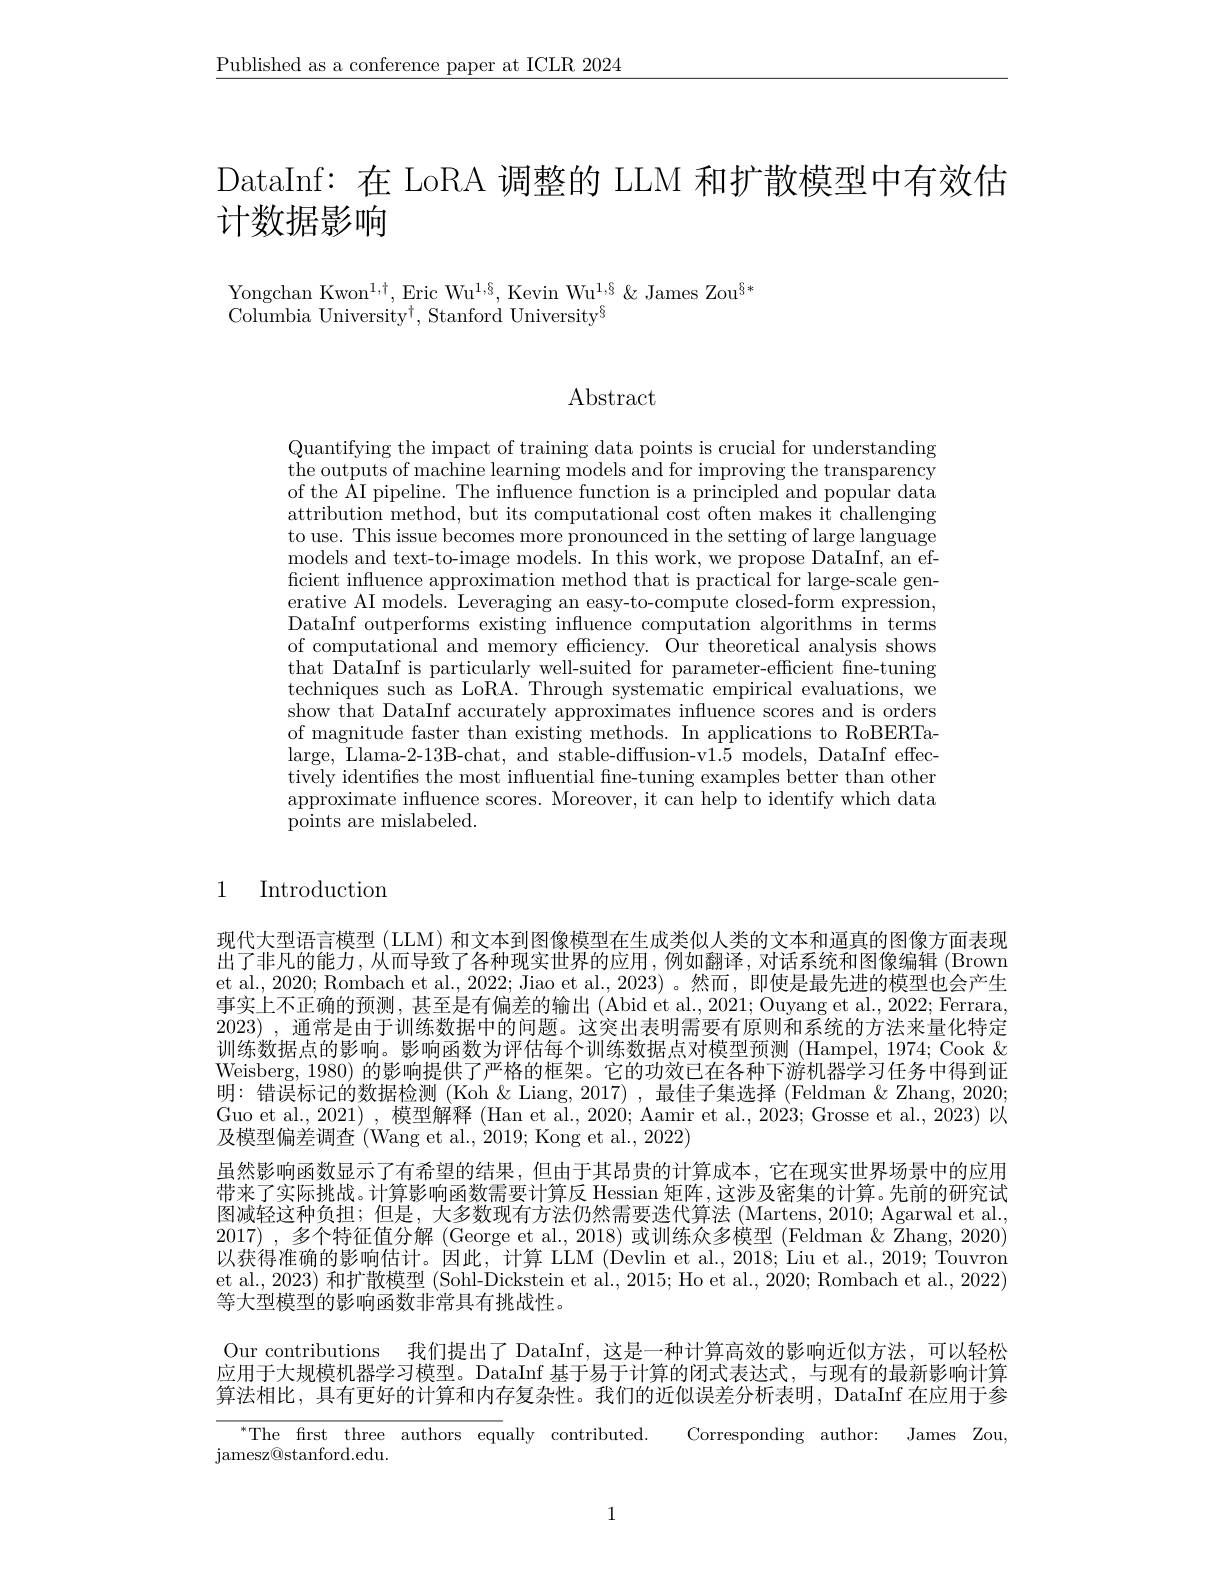
$\underline{\text{Published as a conference paper at ICLR 2024}}$

DataInf: 在 LoRA 调整的 LLM 和扩散模型中有效估
# 计数据影响

Yongchan Kwon$^1,\dagger$,Eric Wu$^{1,\S}$,Kevin Wu$^1,\S\&$ James Zou$^{\S*}$
Columbia University$^\dagger$,Stanford University$^{\S}$

Abstract

Quantifying the impact of training data points is crucial for understanding the outputs of machine learning models and for improving the transparency of the $\tilde{\text{AI pipeline. The influence function is a principled and popular data}}$ attribution method, but its computational cost often makes it challenging to use. This issue becomes more pronounced in the setting of large language models and text-to-image models. In this work, we propose DataInf, an efficient influence approximation method that is practical for large-scale generative AI models. Leveraging an easy-to-compute closed-form expression, DataInf outperforms existing influence computation algorithms in terms of computational and memory efficiency. Our theoretical analysis shows that DataInf is particularly well-suited for parameter-efficient fine-tuning techniques such as LoRA. Through systematic empirical evaluations, we show that DataInf accurately approximates influence scores and is orders of magnitude faster than existing methods. In applications to RoBERTalarge, Llama-2-13B-chat, and stable-diffusion-v1.5 models, DataInf effectively identifies the most influential fne-tuning examples better than other approximate influence scores. Moreover, it can help to identify which data points are mislabeled.

# 1 Introduction

现代大型语言模型 (LLM) 和文本到图像模型在生成类似人类的文本和逼真的图像方面表现出了非凡的能力，从而导致了各种现实世界的应用，例如翻译，对话系统和图像编辑(Brown et al., 2020; Rombach et al., 2022; Jiao et al., 2023) 。然而，即使是最先进的模型也会产生事实上不正确的预测，甚至是有偏差的输出(Abid et al. 2021; Ouyang et al. 2022; Ferrara 2023) ,通常是由于训练数据中的问题。这突出表明需要有原则和系统的方法来量化特定训练数据点的影响。影响函数为评估每个训练数据点对模型预测 (Hampel,1974; Cook & Weisberg, 1980) 的影响提供了严格的框架。它的功效已在各种下游机器学习任务中得到证明：错误标记的数据检测 (Koh & Liang, 2017) ,最佳子集选择 (Feldman & Zhang, 2020; Guo et al., 2021) , 模型解释 (Han et al., 2020; Aamir et al., 2023; Grosse et al., 2023) 以及模型偏差调查 (Wang et al., 2019; Kong et al., 2022)
虽然影响函数显示了有希望的结果，但由于其昂贵的计算成本，它在现实世界场景中的应用带来了实际挑战。计算影响函数需要计算反 Hessian 矩阵，这涉及密集的计算。先前的研究试图减轻这种负担；但是，大多数现有方法仍然需要迭代算法 (Martens,2010; Agarwal et al. 2017) , 多个特征值分解 (George et al., 2018) 或训练众多模型 (Feldman & Zhang, 2020) 以获得准确的影响估计。因此，计算 LLM (Devlin et al., 2018; Liu et al., 2019; Touvron et al., 2023) 和扩散模型 (Sohl-Dickstein et al., 2015; Ho et al., 2020; Rombach et al., 2022) 等大型模型的影响函数非常具有挑战性。

Our contributions 我们提出了 DataInf,这是一种计算高效的影响近似方法，可以轻松应用于大规模机器学习模型。DataInf 基于易于计算的闭式表达式，与现有的最新影响计算算法相比，具有更好的计算和内存复杂性。我们的近似误差分析表明，DataInf 在应用于参
Corresponding author: James Zou,
${^*\mathrm{The}\:\mathrm{frst}\:\mathrm{three}\:\mathrm{authors}\:\mathrm{equ}}$ually contributed.
${\mathrm{jamesz@stanford.edu.}}$

1